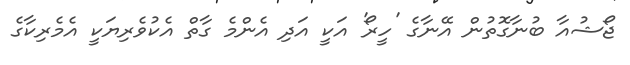
ޖޯޝުއާ ބުނާގޮތުން އޭނާގެ 'ހީރޯ' އަކީ އަދި އެންމެ ގާތް އެކުވެރިޔަކީ އެމެރިކާގެ